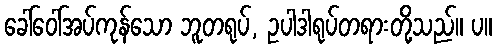
ခေါ်ဝေါ်အပ်ကုန်သော ဘူတရုပ်, ဥပါဒါရုပ်တရားတို့သည်။ ပ။